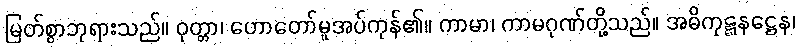
မြတ်စွာဘုရားသည်။ ဝုတ္တာ၊ ဟောတော်မူအပ်ကုန်၏။ ကာမာ၊ ကာမဂုဏ်တို့သည်။ အဓိကုဋ္ဋနဋ္ဌေန၊